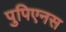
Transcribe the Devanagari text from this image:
पुपिएनस